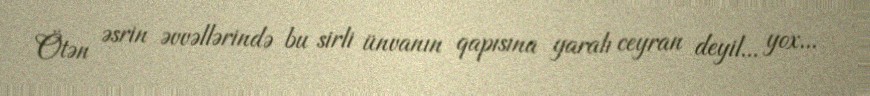
Ötən əsrin əvvəllərində bu sirli ünvanın qapısına yaralı ceyran deyil... yox...